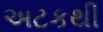
અટકથી